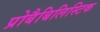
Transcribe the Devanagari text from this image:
प्रोबैबिलिस्टिक